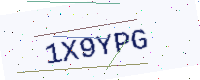
Text: 1X9YPG